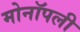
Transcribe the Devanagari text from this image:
मोनॉपली